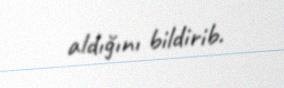
aldığını bildirib.